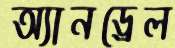
অ্যানড্রেল